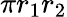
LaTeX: \pi r_{1}r_{2}